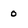
Character: 0